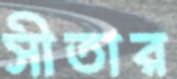
সীতার